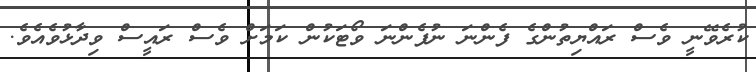
ކުރެވޭނީ ވެސް ރައްޔިތުންގެ ފެންނަ ނުފެންނަ ވޯޓަކުން ކަމަށް ވެސް ރައީސް ވިދާޅުވެއެވެ.